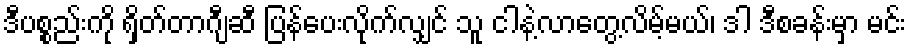
ဒီပစ္စည်းကို ရှိတ်တာဂျီဆီ ပြန်ပေးလိုက်လျှင် သူ ငါနဲ့လာတွေ့လိမ့်မယ်၊ ဒါ ဒီစခန်းမှာ မင်း